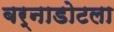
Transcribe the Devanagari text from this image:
बर्नाडोटला